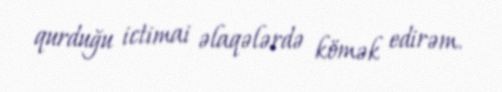
qurduğu ictimai əlaqələrdə kömək edirəm.